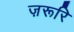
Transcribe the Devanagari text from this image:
ज़रूरि